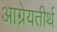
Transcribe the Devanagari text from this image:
आग्नेयतीर्थ